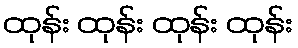
ထုန်း ထုန်း ထုန်း ထုန်း